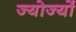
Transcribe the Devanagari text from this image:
ज्योर्ज्यो